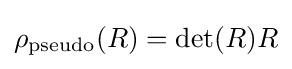
\rho _{\text{pseudo}}(R)=\det(R)R